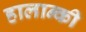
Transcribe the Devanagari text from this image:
हालान्की